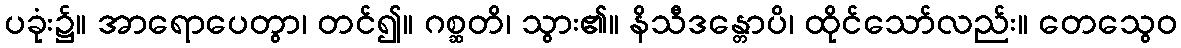
ပခုံး၌။ အာရောပေတွာ၊ တင်၍။ ဂစ္ဆတိ၊ သွား၏။ နိသီဒန္တောပိ၊ ထိုင်သော်လည်း။ တေသွေဝ